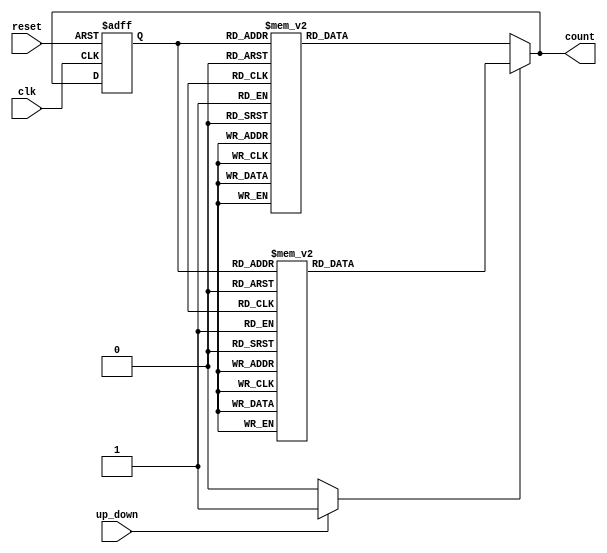
module gray_counter (
    input wire clk,
    input wire reset,
    input wire up_down,
    output reg [3:0] count
);

// D flip-flops to store current state
reg [3:0] current_state;
always @(posedge clk or posedge reset)
begin
    if (reset)
        current_state <= 4'b0000;
    else
        current_state <= count;
end

// Logic circuit for controlling counting direction
reg count_up;
always @*
begin
    count_up = (up_down) ? 1'b1 : 1'b0;
end

// Gray code encoding
reg [3:0] next_state;
always @*
begin
    // Generate next state based on current state and counting direction
    if (count_up)
    begin
        case(current_state)
            4'b0000: next_state = 4'b0001;
            4'b0001: next_state = 4'b0011;
            4'b0011: next_state = 4'b0010;
            4'b0010: next_state = 4'b0110;
            4'b0110: next_state = 4'b0111;
            4'b0111: next_state = 4'b0101;
            4'b0101: next_state = 4'b0100;
            4'b0100: next_state = 4'b1100;
            4'b1100: next_state = 4'b1101;
            4'b1101: next_state = 4'b1111;
            4'b1111: next_state = 4'b1110;
            default: next_state = 4'b0000;
        endcase
    end else begin
        case(current_state)
            4'b0000: next_state = 4'b0001;
            4'b0001: next_state = 4'b0000;
            4'b0011: next_state = 4'b0001;
            4'b0010: next_state = 4'b0011;
            4'b0110: next_state = 4'b0010;
            4'b0111: next_state = 4'b0110;
            4'b0101: next_state = 4'b0111;
            4'b0100: next_state = 4'b0101;
            4'b1100: next_state = 4'b0100;
            4'b1101: next_state = 4'b1100;
            4'b1111: next_state = 4'b1101;
            4'b1110: next_state = 4'b1111;
            default: next_state = 4'b0000;
        endcase
    end
end

// Assign next state to current state and output
always @*
begin
    count = next_state;
end

endmodule